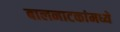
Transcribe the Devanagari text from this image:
बालनाटकांमध्ये